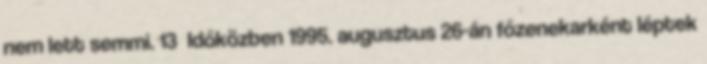
nem lett semmi. 13 Időközben 1995. augusztus 26-án főzenekarként léptek